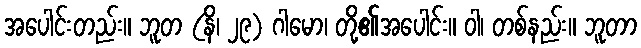
အပေါင်းတည်း။ ဘူတ (နိ၊ ၂၉) ဂါမော၊ တို့၏အပေါင်း။ ဝါ၊ တစ်နည်း။ ဘူတာ